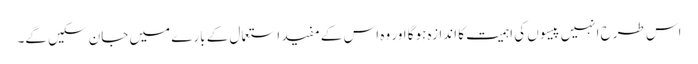
اس طرح انہیں پیسوں کی اہمیت کا اندازہ ہوگا اور وہ اس کے مفید استعمال کے بارے میں جان سکیں گے۔